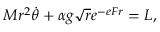
M r ^ { 2 } \dot { \theta } + \alpha g { \sqrt r } e ^ { - e F r } = L ,